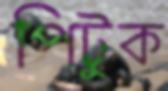
পিটুক